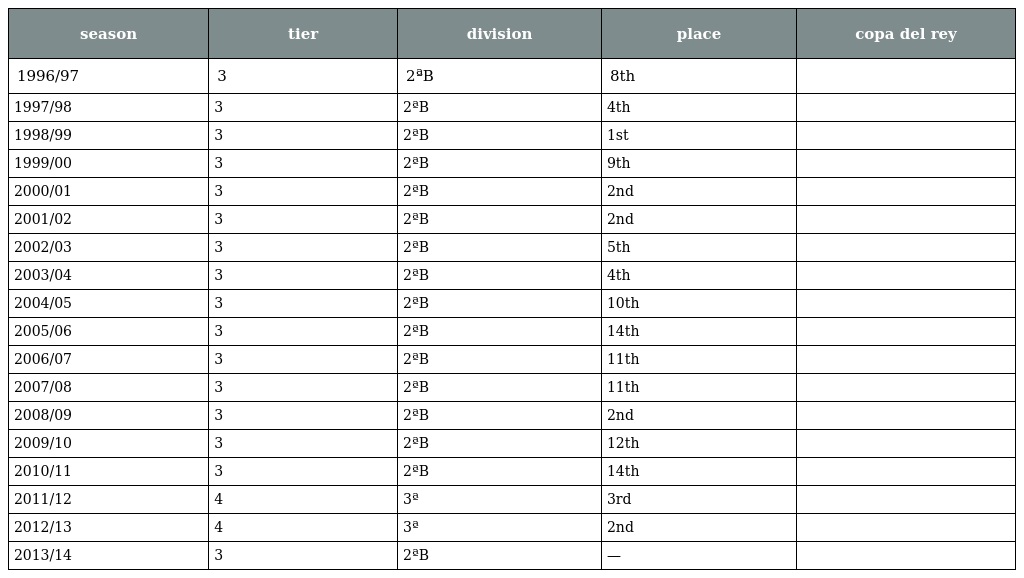
| season | tier | division | place | copa del rey |
 | --- | --- | --- | --- | --- |
 | 1996/97 | 3 | 2ªB | 8th |  |
 | 1997/98 | 3 | 2ªB | 4th |  |
 | 1998/99 | 3 | 2ªB | 1st |  |
 | 1999/00 | 3 | 2ªB | 9th |  |
 | 2000/01 | 3 | 2ªB | 2nd |  |
 | 2001/02 | 3 | 2ªB | 2nd |  |
 | 2002/03 | 3 | 2ªB | 5th |  |
 | 2003/04 | 3 | 2ªB | 4th |  |
 | 2004/05 | 3 | 2ªB | 10th |  |
 | 2005/06 | 3 | 2ªB | 14th |  |
 | 2006/07 | 3 | 2ªB | 11th |  |
 | 2007/08 | 3 | 2ªB | 11th |  |
 | 2008/09 | 3 | 2ªB | 2nd |  |
 | 2009/10 | 3 | 2ªB | 12th |  |
 | 2010/11 | 3 | 2ªB | 14th |  |
 | 2011/12 | 4 | 3ª | 3rd |  |
 | 2012/13 | 4 | 3ª | 2nd |  |
 | 2013/14 | 3 | 2ªB | — |  |